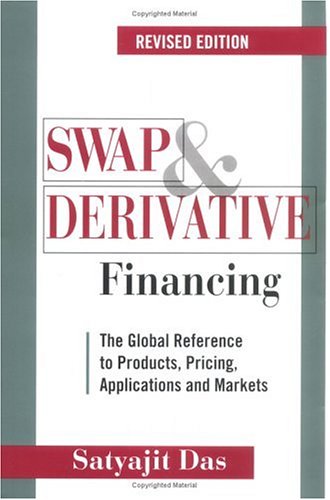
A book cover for Swap and Derivative Financing: The Global Reference to Products, Pricing, Applications and Markets, Revised Edition; Satyajit Das; Business & Money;